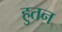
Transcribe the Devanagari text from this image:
हुतन